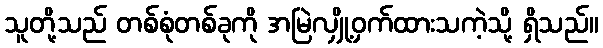
သူတို့သည် တစ်စုံတစ်ခုကို အမြဲလျှို့ဝှက်ထားသကဲ့သို့ ရှိသည်။